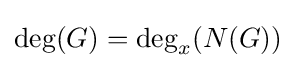
\deg(G)=\deg _{x}(N(G))